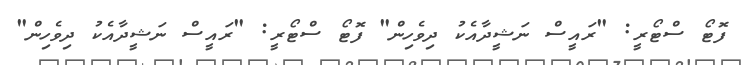
ފޮޓޯ ސްޓޯރީ: "ރައީސް ނަޝީދާއެކު ދިވެހިން" ފޮޓޯ ސްޓޯރީ: "ރައީސް ނަޝީދާއެކު ދިވެހިން"